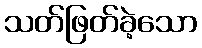
သတ်ဖြတ်ခဲ့သော